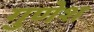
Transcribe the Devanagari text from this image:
गुणेश